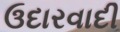
ઉદારવાદી